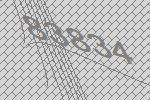
83834